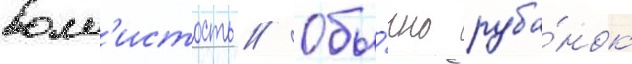
волн'истость // Обы́чно руба́нок